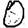
Digit: 0